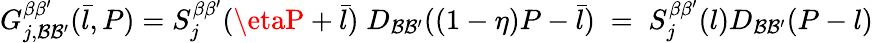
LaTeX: G_{j,\mathcal{B}\mathcal{B}^{\prime}}^{\beta\beta^{\prime}}(\bar{{l}},P)=S_{j}^{\beta\beta^{\prime}}(\etaP+\bar{{l}})\; D_{\mathcal{B}\mathcal{B}^{\prime}}((1-\eta)P-\bar{{l}})\; =\; S_{j}^{\beta\beta^{\prime}}(l)D_{\mathcal{B}\mathcal{B}^{\prime}}(P-l)